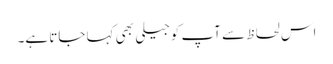
اس لحاظ سے آپ کوجیلی بھی کہا جاتا ہے۔